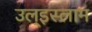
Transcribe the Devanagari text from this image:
उल्‌इस्लाम